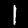
Digit: 1